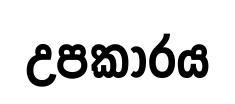
උපකාරය